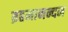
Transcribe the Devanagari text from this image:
ब्रहमानन्दम